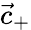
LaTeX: {\vec{c}}_{+}